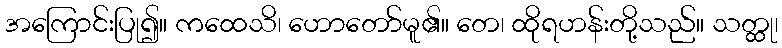
အကြောင်းပြု၍။ ကထေသိ၊ ဟောတော်မူ၏။ တေ၊ ထိုရဟန်းတို့သည်။ သတ္ထု၊